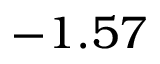
- 1 . 5 7